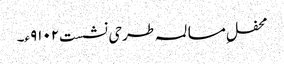
محفلِ مسالمہ طرحی نشست۹۱۰۲ء۔